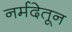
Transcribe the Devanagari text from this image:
नर्मदेतून